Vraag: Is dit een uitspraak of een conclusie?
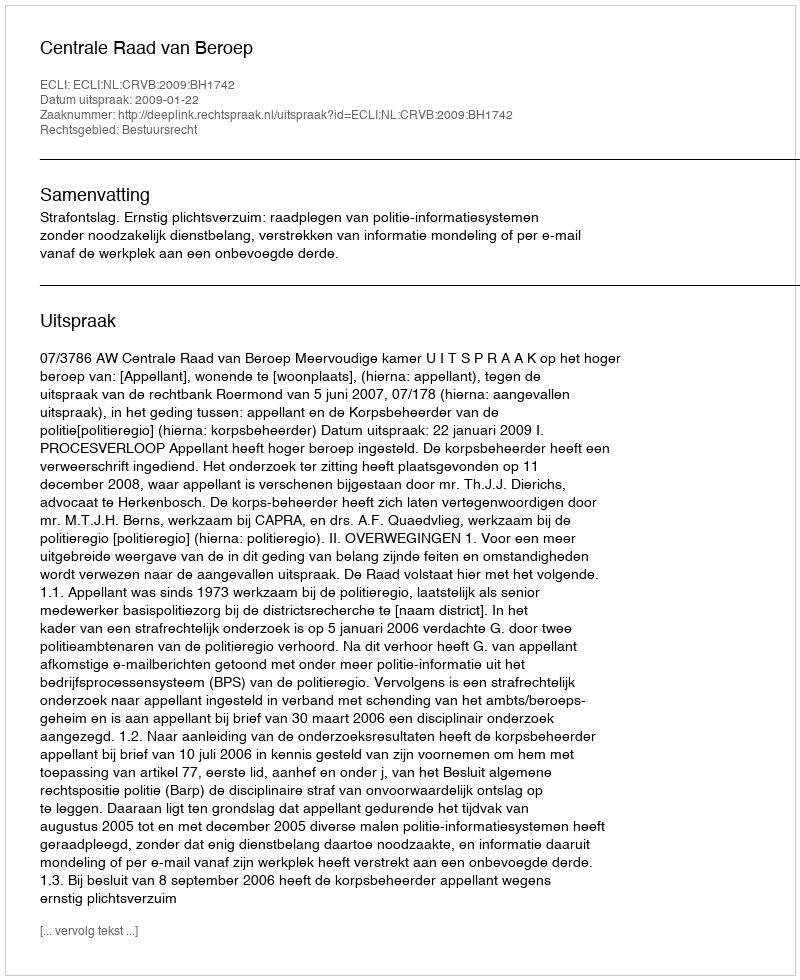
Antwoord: Uitspraak